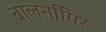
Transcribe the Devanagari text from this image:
बालनगििर